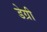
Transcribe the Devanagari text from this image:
डेग्री